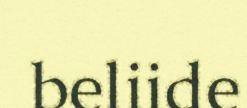
beliide